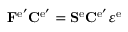
\mathbf { F } ^ { \mathrm { e ^ { \prime } } } \mathbf { C } ^ { \mathrm { e ^ { \prime } } } = \mathbf { S } ^ { \mathrm { e } } \mathbf { C } ^ { \mathrm { e ^ { \prime } } } \boldsymbol { \varepsilon } ^ { \mathrm { e } }